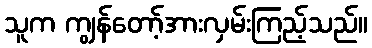
သူက ကျွန်တော့်အားလှမ်းကြည့်သည်။